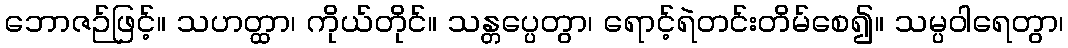
ဘောဇဉ်ဖြင့်။ သဟတ္ထာ၊ ကိုယ်တိုင်။ သန္တပ္ပေတွာ၊ ရောင့်ရဲတင်းတိမ်စေ၍။ သမ္ပဝါရေတွာ၊